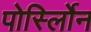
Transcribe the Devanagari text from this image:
पोर्स्लोिन